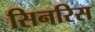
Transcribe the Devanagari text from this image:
सिनरिस